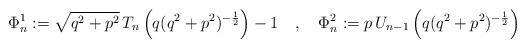
LaTeX: \begin{align*}\Phi^1_n:=\sqrt{q^2+p^2}\,T_n\left(q(q^2+p^2)^{-\frac{1}{2}}\right)-1\quad,\quad \Phi^2_n:=p\,U_{n-1}\left(q(q^2+p^2)^{-\frac{1}{2}}\right)\end{align*}